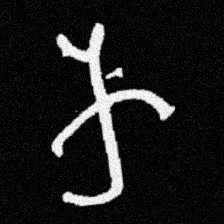
Pyu character \u2014 Myanmar letter: က (romanized: ka)